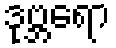
ဒုဗ္ဘရော